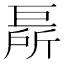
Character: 𢀦